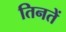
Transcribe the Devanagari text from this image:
तिनतें